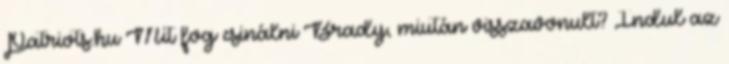
Patriots.hu Mit fog csinálni Brady, miután visszavonult? Indul az